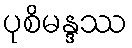
ပုစိမန္ဒဿ